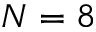
N = 8